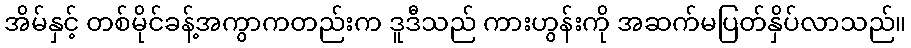
အိမ်နှင့် တစ်မိုင်ခန့်အကွာကတည်းက ဒူဒီသည် ကားဟွန်းကို အဆက်မပြတ်နှိပ်လာသည်။